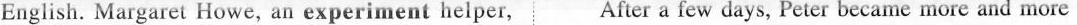
English. Margaret Howe, an experiment helper, After a few days, Peter became more and more